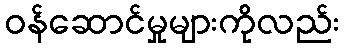
ဝန်ဆောင်မှုများကိုလည်း